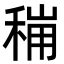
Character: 𮃋